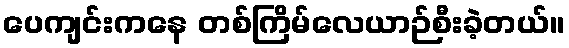
ပေကျင်းကနေ တစ်ကြိမ်လေယာဉ်စီးခဲ့တယ်။